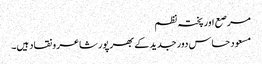
مرصع اور پختہ نظم
مسعود حساس دور جدید کے بھر پور شاعر و نقاد ہیں۔